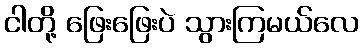
ငါတို့ ဖြေးဖြေးပဲ သွားကြမယ်လေ